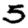
Digit: 5